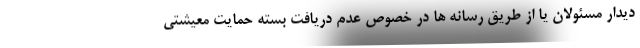
دیدار مسئولان یا از طریق رسانه ها در خصوص عدم دریافت بسته حمایت معیشتی